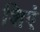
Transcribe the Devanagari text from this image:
शिएं